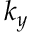
k _ { y }